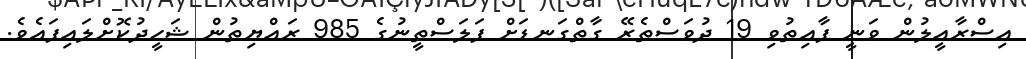
އިސްރާއީލުން ވަނީ ފާއިތުވި 19 ދުވަސްތެރޭ ގާތްގަނޑަށް ފަލަސްތީނުގެ 985 ރައްޔިތުން ޝަހީދުކޮށްލައިފައެވެ.